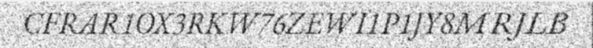
CFRAR1OX3RKW76ZEWI1P1JY8MRJLB